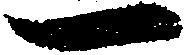
一